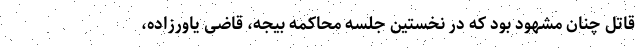
قاتل چنان مشهود بود که در نخستین جلسه محاکمه بیجه، قاضی یاورزاده،